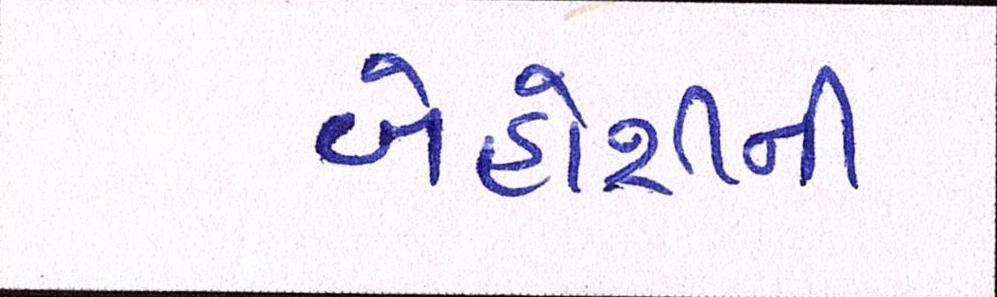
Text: બેહોશીની